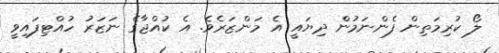
ލޯ ކުރިމަތިން ފެންނަމުން ދިޔައީ އެ މަންޒަރެވެ. އެ ކުއްޖާގެ ނަޒަރު ހުއްޓިފައިވީ